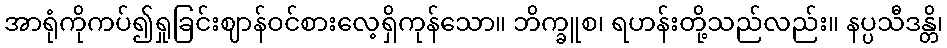
အာရုံကိုကပ်၍ရှုခြင်းဈာန်ဝင်စားလေ့ရှိကုန်သော။ ဘိက္ခူစ၊ ရဟန်းတို့သည်လည်း။ နပ္ပသီဒန္တိ၊